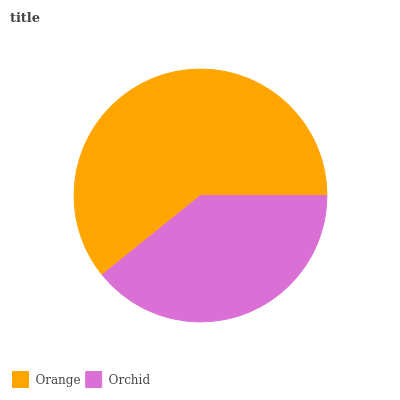
| Orange | Orchid |
 | --- | --- |
 | 60.8% | 39.2% |